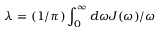
\lambda = ( 1 / \pi ) \int _ { 0 } ^ { \infty } { d \omega J ( \omega ) / \omega }